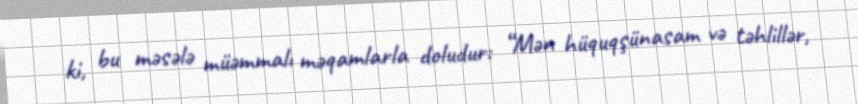
ki, bu məsələ müəmmalı məqamlarla doludur: “Mən hüquqşünasam və təhlillər,